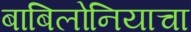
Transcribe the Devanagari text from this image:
बाबिलोनियाचा